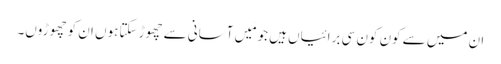
ان میں سے کون کون سی برائیاں ہیں جو مَیں آسانی سے چھوڑ سکتاہوں ان کو چھوڑوں۔